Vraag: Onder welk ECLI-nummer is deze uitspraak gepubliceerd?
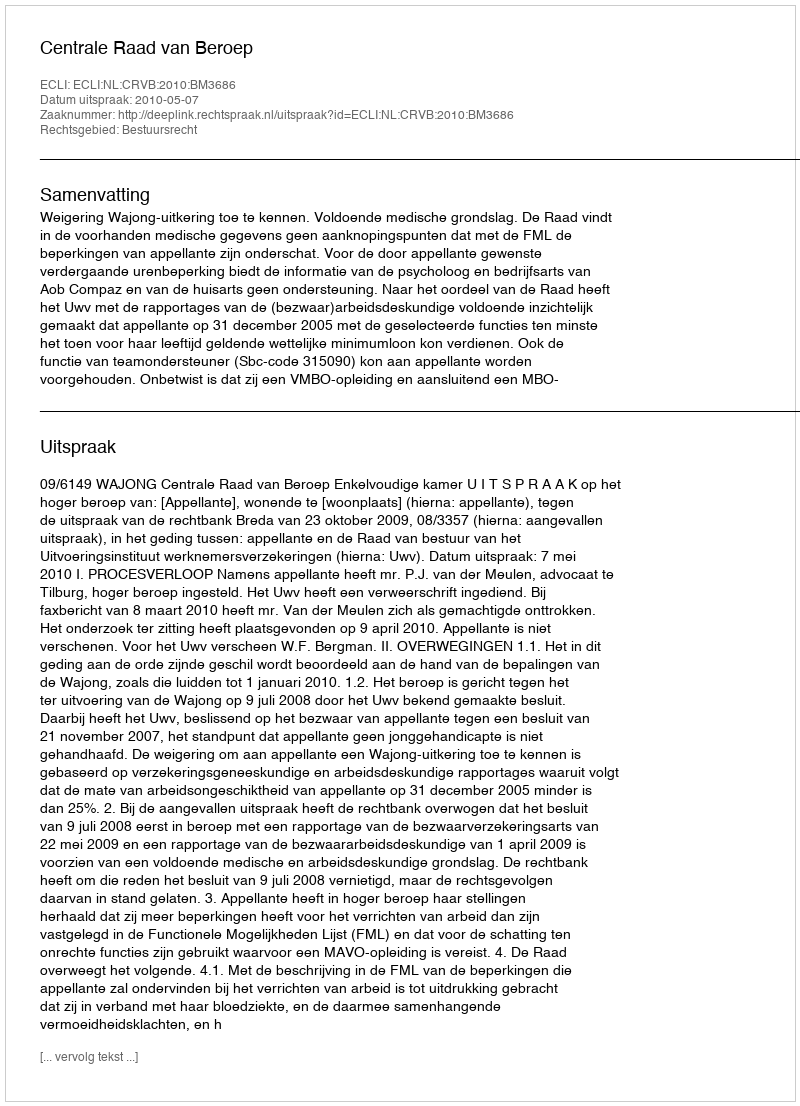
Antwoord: ECLI:NL:CRVB:2010:BM3686